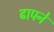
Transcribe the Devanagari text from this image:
ढापने